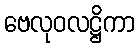
ဗေလုဝလဋ္ဌိကာ